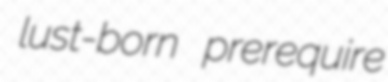
lust-born prerequire